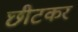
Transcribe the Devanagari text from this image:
छीटकर